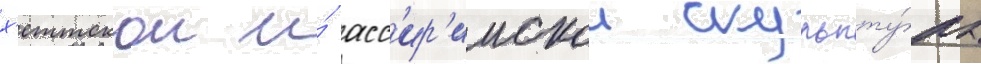
х'еттскои и́ асс'ир'иискои скульпту́ры